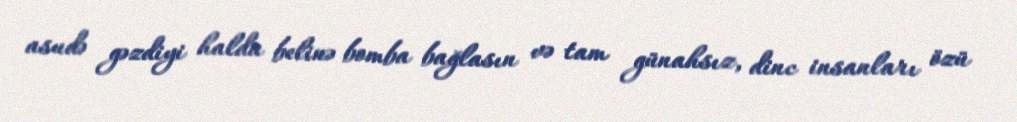
asudə gəzdiyi halda belinə bomba bağlasın və tam günahsız, dinc insanları özü